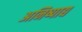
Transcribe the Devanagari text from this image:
अनिष्पाद्य